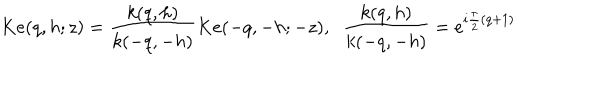
K e ( q , h ; z ) = \frac { k ( q , h ) } { k ( - q , - h ) } K e ( - q , - h ; - z ) , \; \; \frac { k ( q , h ) } { k ( - q , - h ) } = e ^ { i \frac { \pi } { 2 } ( q + 1 ) }